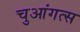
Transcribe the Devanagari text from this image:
चुआंगत्स